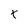
Character: t